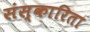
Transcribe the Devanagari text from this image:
संस्कारिता